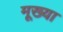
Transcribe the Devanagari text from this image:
मूख्या